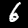
Label: 6